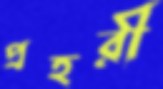
প্রহরী